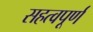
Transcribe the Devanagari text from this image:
सहत्वपूर्ण